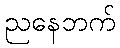
ညနေဘက်